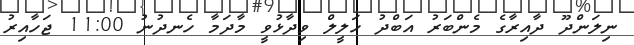
ނިލަންދޫ ދާއިރާގެ މެންބަރު އަބްދު ހަލީލް ވިދާޅުވީ މާދަމާ ހެނދުނު 11:00 ޖަހާއިރު